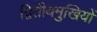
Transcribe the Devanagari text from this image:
द्वितीयमुखियों